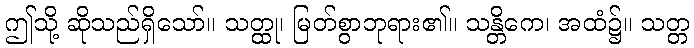
ဤသို့ ဆိုသည်ရှိသော်။ သတ္ထု၊ မြတ်စွာဘုရား၏။ သန္တိကေ၊ အထံ၌။ သတ္တ